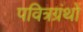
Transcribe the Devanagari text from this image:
पवित्रग्रंथों